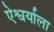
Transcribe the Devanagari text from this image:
ऐश्वर्याला